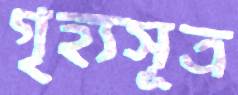
গৃহ্যসূত্র